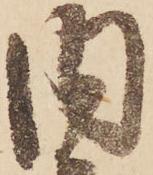
内